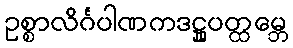
ဥစ္စာလိင်္ဂပါဏကဒဋ္ဌူပတ္ထမ္ဘေ